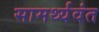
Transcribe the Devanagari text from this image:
सामर्थ्यवंत